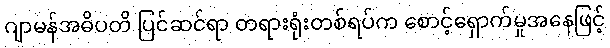
ဂျာမန်အဓိပတိ ပြင်ဆင်ရာ တရားရုံးတစ်ရပ်က စောင့်ရှောက်မှုအနေဖြင့်